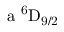
\mathrm { a \ ^ { 6 } D _ { 9 / 2 } }